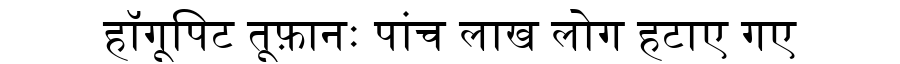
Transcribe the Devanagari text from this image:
हॉगूपिट तूफ़ानः पांच लाख लोग हटाए गए